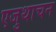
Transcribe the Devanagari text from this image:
एजुथाचन